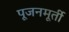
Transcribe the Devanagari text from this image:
पूजनमूर्ती